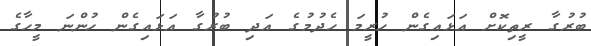
ބުރުގާ ރީތިކޮށް އަޅައިގެން ހުރީމަ ހެދުމުގެ އަދި ބުރުގާ އަޅައިގެން ހުންނަ މީހާގެ